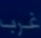
غرب